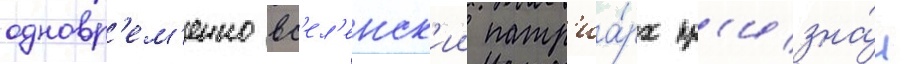
одновр'ем'енно вс'ел'енск'ии патр'иа́рх пр'изна́л